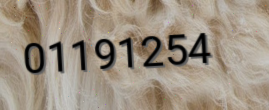
01191254